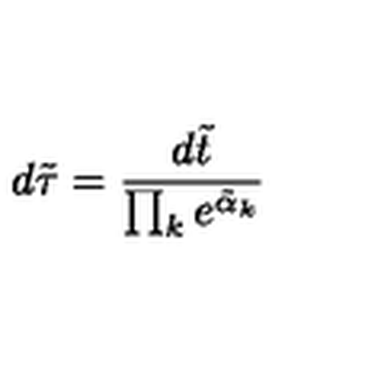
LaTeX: d \tilde { \tau } = { \frac { d \tilde { t } } { \prod _ { k } e ^ { \tilde { \alpha } _ { k } } } }